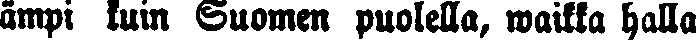
ämpi kuin Suomen puolella, waikka halla